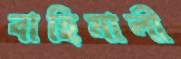
বাহিমালী